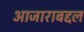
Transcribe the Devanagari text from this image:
आजाराबद्दल